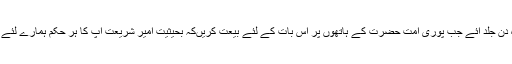
خدا کرے وہ دن جلد آئے جب پوری امت حضرت کے ہاتھوں پر اس بات کے لئے بیعت کریںکہ بحیثیت امیر شریعت آپ کا ہر حکم ہمارے لئے آخری ہوگا ۔